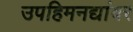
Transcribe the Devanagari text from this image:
उपहिमनद्यांवर